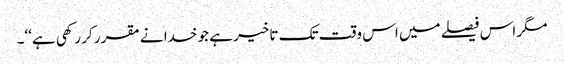
مگر اس فیصلے میں اس وقت تک تاخیر ہے جو خدا نے مقرر کر رکھی ہے‘‘۔